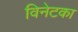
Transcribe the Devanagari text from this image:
विनेटका